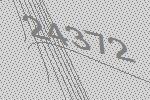
24372